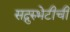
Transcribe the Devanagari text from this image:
सद्गुरुभेटीची